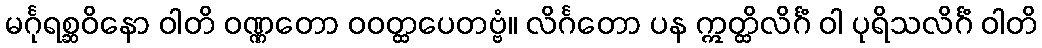
မင်္ဂုရစ္ဆဝိနော ဝါတိ ဝဏ္ဏတော ဝဝတ္ထပေတဗ္ဗံ။ လိင်္ဂတော ပန ဣတ္ထိလိင်္ဂံ ဝါ ပုရိသလိင်္ဂံ ဝါတိ